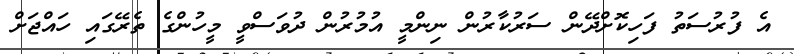
އެ ފުރުސަތު ފަހިކޮށްދޭން ސަރުކާރުން ނިންމީ އުމުރުން ދުވަސްވީ މީހުންގެ ތެރޭގައި ހައްޖަށް